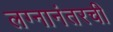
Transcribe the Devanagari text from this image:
लग्नानंतरची